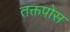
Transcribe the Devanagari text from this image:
तक्तपोस